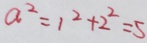
a ^ { 2 } = 1 ^ { 2 } + 2 ^ { 2 } = 5